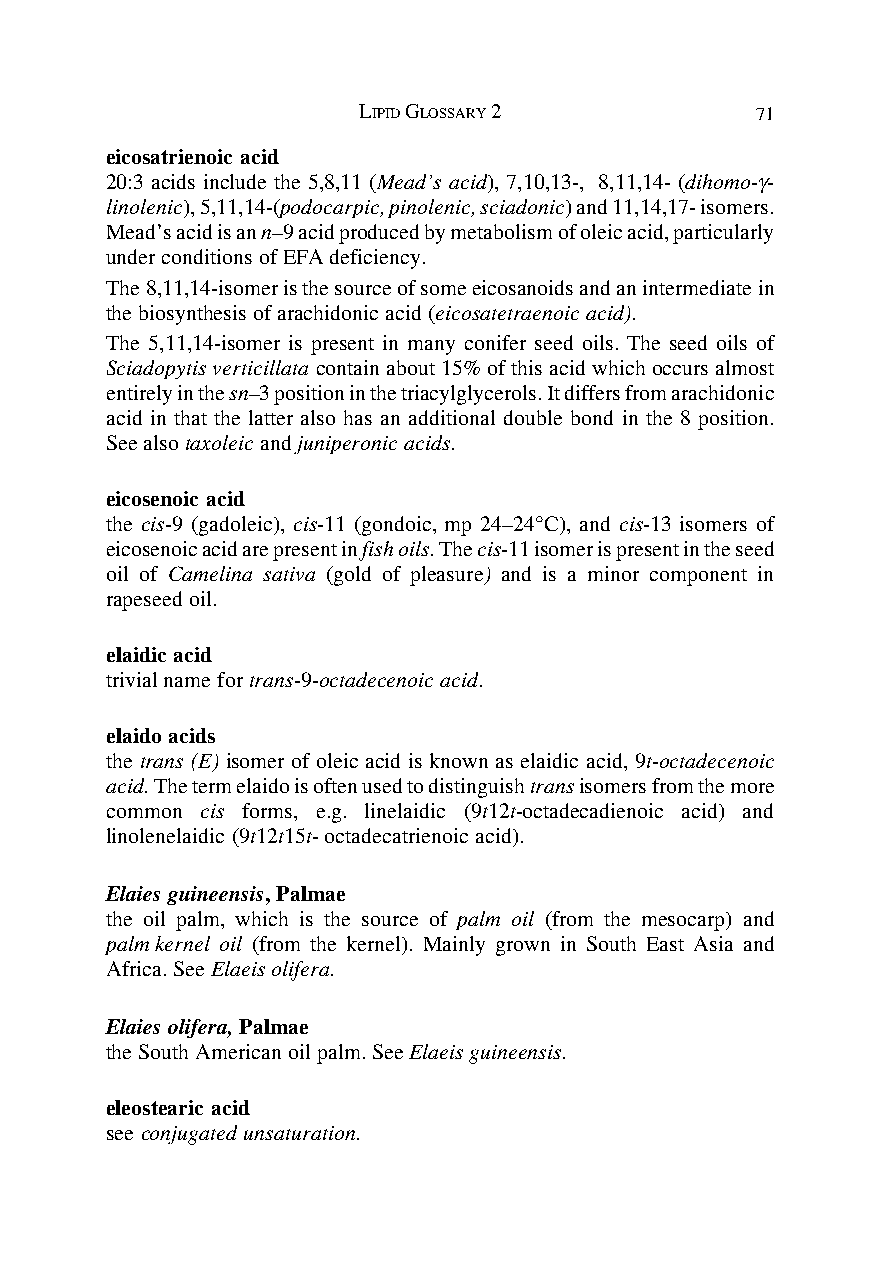
LIPID GLOSSARY 2          71
 eicosatrienoic acid
 20:3 acids include the 5,8,11 (Mead’s acid), 7,10,13-, 8,11,14- (dihomo-γ-
 linolenic), 5,11,14-(podocarpic, pinolenic, sciadonic) and 11,14,17- isomers.
 Mead’s acid is an n–9 acid produced by metabolism of oleic acid, particularly
 under conditions of EFA deficiency.
 The 8,11,14-isomer is the source of some eicosanoids and an intermediate in
 the biosynthesis of arachidonic acid (eicosatetraenoic acid).
 The 5,11,14-isomer is present in many conifer seed oils. The seed oils of
 Sciadopytis verticillata contain about 15% of this acid which occurs almost
 entirely in the sn–3 position in the triacylglycerols. It differs from arachidonic
 acid in that the latter also has an additional double bond in the 8 position.
 See also taxoleic and juniperonic acids.
 eicosenoic acid
 the cis-9 (gadoleic), cis-11 (gondoic, mp 24–24°C), and cis-13 isomers of
 eicosenoic acid are present in fish oils. The cis-11 isomer is present in the seed
 oil of Camelina sativa (gold of pleasure) and is a minor component in
 rapeseed oil.
 elaidic acid
 trivial name for trans-9-octadecenoic acid.
 elaido acids
 the trans (E) isomer of oleic acid is known as elaidic acid, 9t-octadecenoic
 acid. The term elaido is often used to distinguish trans isomers from the more
 common cis forms, e.g. linelaidic (9t12t-octadecadienoic acid) and
 linolenelaidic (9t12t15t- octadecatrienoic acid).
 Elaies guineensis, Palmae
 the oil palm, which is the source of palm oil (from the mesocarp) and
 palm kernel oil (from the kernel). Mainly grown in South East Asia and
 Africa. See Elaeis olifera.
 Elaies olifera, Palmae
 the South American oil palm. See Elaeis guineensis.
 eleostearic acid
 see conjugated unsaturation.